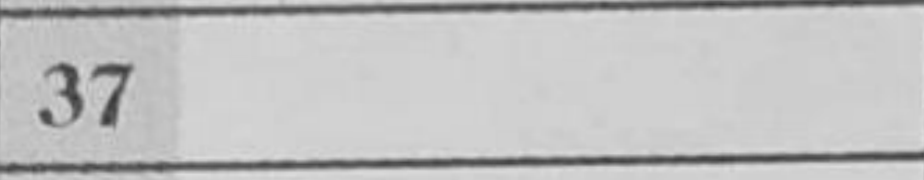
Transcription: h4